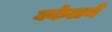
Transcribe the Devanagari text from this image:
घकेलने